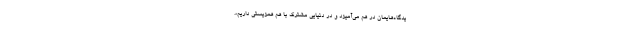
یدگاه‌هایمان در هم می‌آمیزد و در دنیایی مشترک با هم همزیستی داریم».